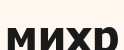
михр